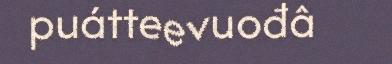
puátteevuođâ